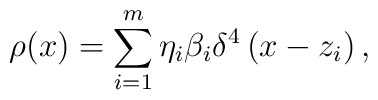
\rho (x)=\sum_{i=1}^m\eta _i\beta _i\delta ^4\left( x-z_i\right),